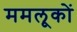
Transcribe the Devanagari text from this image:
ममलूकों